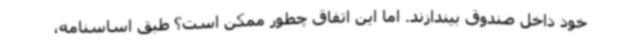
خود داخل صندوق بیندازند. اما این اتفاق چطور ممکن است؟ طبق اساسنامه،